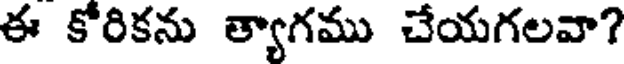
ఈ కోరికను త్యాగము చేయగలవా?